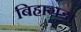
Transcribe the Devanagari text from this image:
बिहागड़ा